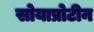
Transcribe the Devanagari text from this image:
सोयाप्रोटीन